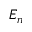
E _ { n }